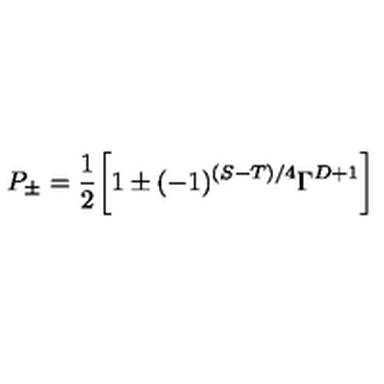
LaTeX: P _ { \pm } = \frac { 1 } { 2 } \biggl [ 1 \pm ( - 1 ) ^ { ( S - T ) / 4 } \Gamma ^ { D + 1 } \biggr ]